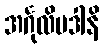
အင်္ဂုလိပဒါနိ